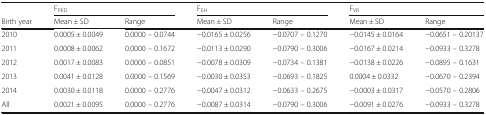
<table><thead><tr><td>[EMPTY_CELL]</td><td colspan="2"><b>F<sub>PED</sub></b></td><td colspan="2"><b>F<sub>EH</sub></b></td><td colspan="2"><b>F<sub>VR</sub></b></td></tr><tr><td><b>Birth year</b></td><td><b>Mean ± SD</b></td><td><b>Range</b></td><td><b>Mean ± SD</b></td><td><b>Range</b></td><td><b>Mean ± SD</b></td><td><b>Range</b></td></tr></thead><tbody><tr><td>2010</td><td>0.0005 ± 0.0049</td><td>0.0000 – 0.0744</td><td>−0.0165 ± 0.0256</td><td>−0.0707 – 0.1270</td><td>−0.0145 ± 0.0164</td><td>−0.0651 – 0.20137</td></tr><tr><td>2011</td><td>0.0008 ± 0.0062</td><td>0.0000 – 0.1672</td><td>−0.0113 ± 0.0290</td><td>−0.0790 – 0.3006</td><td>−0.0167 ± 0.0214</td><td>−0.0933 – 0.3278</td></tr><tr><td>2012</td><td>0.0017 ± 0.0083</td><td>0.0000 – 0.0851</td><td>−0.0078 ± 0.0309</td><td>−0.0734 – 0.1381</td><td>−0.0138 ± 0.0226</td><td>−0.0895 – 0.1631</td></tr><tr><td>2013</td><td>0.0041 ± 0.0128</td><td>0.0000 – 0.1569</td><td>−0.0030 ± 0.0353</td><td>−0.0693 – 0.1825</td><td>0.0004 ± 0.0332</td><td>−0.0670 – 0.2394</td></tr><tr><td>2014</td><td>0.0030 ± 0.0118</td><td>0.0000 – 0.2776</td><td>−0.0047 ± 0.0312</td><td>−0.0633 – 0.2675</td><td>−0.0003 ± 0.0317</td><td>−0.0570 – 0.2806</td></tr><tr><td>All</td><td>0.0021 ± 0.0095</td><td>0.0000 – 0.2776</td><td>−0.0087 ± 0.0314</td><td>−0.0790 – 0.3006</td><td>−0.0091 ± 0.0276</td><td>−0.0933 – 0.3278</td></tr></tbody></table>